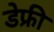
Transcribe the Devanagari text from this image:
डेफ्री